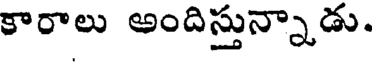
కారాలు అందిస్తున్నాడు.